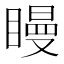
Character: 𥊑